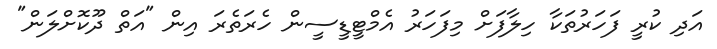
އަދި ކުރީ ފަހަރުތަކާ ހިލާފަށް މިފަހަރު އެމްޓީޑީސީން ހެރަތެރަ އިން "އަތް ދޫކޮށްލަން"